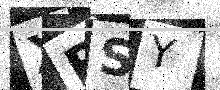
Text: XBSY